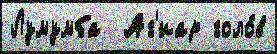
Лумумба  Аг'иар голо́в